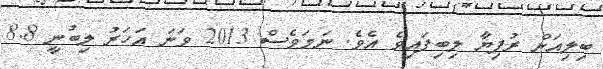
ބިލިއަން ރުފިޔާ ލިބިފައިވެ އެވެ. ނަމަވެސް 2013 ވަނަ އަހަރު ލިބުނީ 8.8